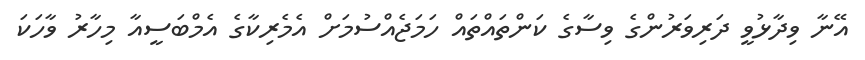
އޭނާ ވިދާޅުވީ ދަރިވަރުންގެ ވިސާގެ ކަންތައްތައް ހަމަޖެއްސުމަށް އެމެރިކާގެ އެމްބަސީއާ މިހާރު ވާހަކަ